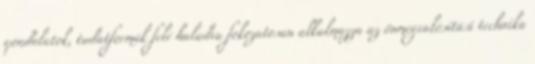
gondolatok, tudatformák felé haladva fokozatosan alkalmazza az önmegvalósítási technika